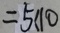
= 5 1 1 0